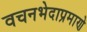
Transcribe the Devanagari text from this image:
वचनभेदाप्रमाणे